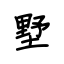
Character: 墅